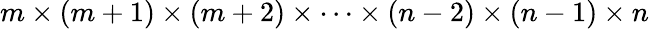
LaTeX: m\times(m+1)\times(m+2)\times\cdots\times(n-2)\times(n-1)\times n